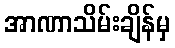
အာဏာသိမ်းချိန်မှ